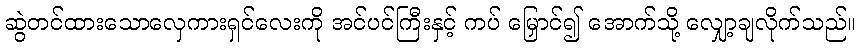
ဆွဲတင်ထားသောလှေကားရှင်လေးကို အင်ပင်ကြီးနှင့် ကပ် မြှောင်၍ အောက်သို့ လျှော့ချလိုက်သည်။